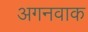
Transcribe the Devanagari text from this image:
अगनवाक